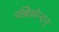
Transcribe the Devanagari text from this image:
पल्लिकोन्दन्